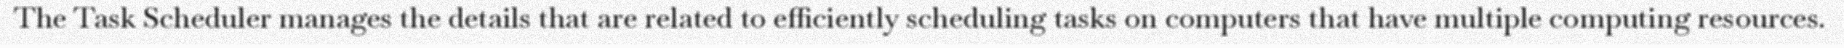
The Task Scheduler manages the details that are related to efficiently scheduling tasks on computers that have multiple computing resources.